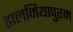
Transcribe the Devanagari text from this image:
डालमियापुरम